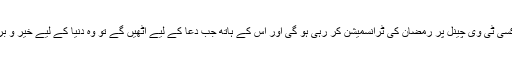
لکھنا تو چاہتا ہوں مگر پھر سوچتا ہوں اپنی قندیل بی بی اگلے برس کسی ٹی وی چینل پر رمضان کی ٹرانسمیشن کر رہی ہو گی اور اس کے ہاتھ جب دعا کے لیے اٹھیں گے تو وہ دنیا کے لیے خیر و برکت مانگے گی اور میں ان فیوض و برکات سے محروم رہ جاؤں گا۔